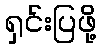
ရှင်းပြဖို့